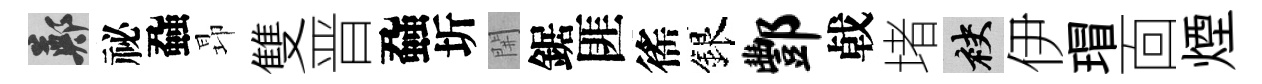
鄭祕蝨昻雙晋蝨圻𨳩鋸匪徭銀酆㦸堵袂伊瑁靣煙